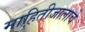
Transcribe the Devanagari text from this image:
माहितीजालाचे